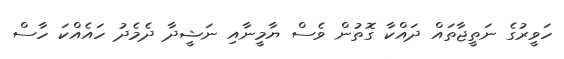
ހަވީރުގެ ނަތީޖާތައް ދައްކާ ގޮތުން ވެސް ޔާމީނާއި ނަޝީދާ ދެމެދު ހައެއްކަ ހާސް